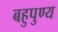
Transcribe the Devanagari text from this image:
बहुपुण्य